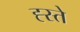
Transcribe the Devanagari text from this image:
ह्स्ते